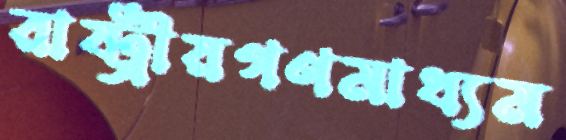
রাষ্ট্রীয়গণমাধ্যম